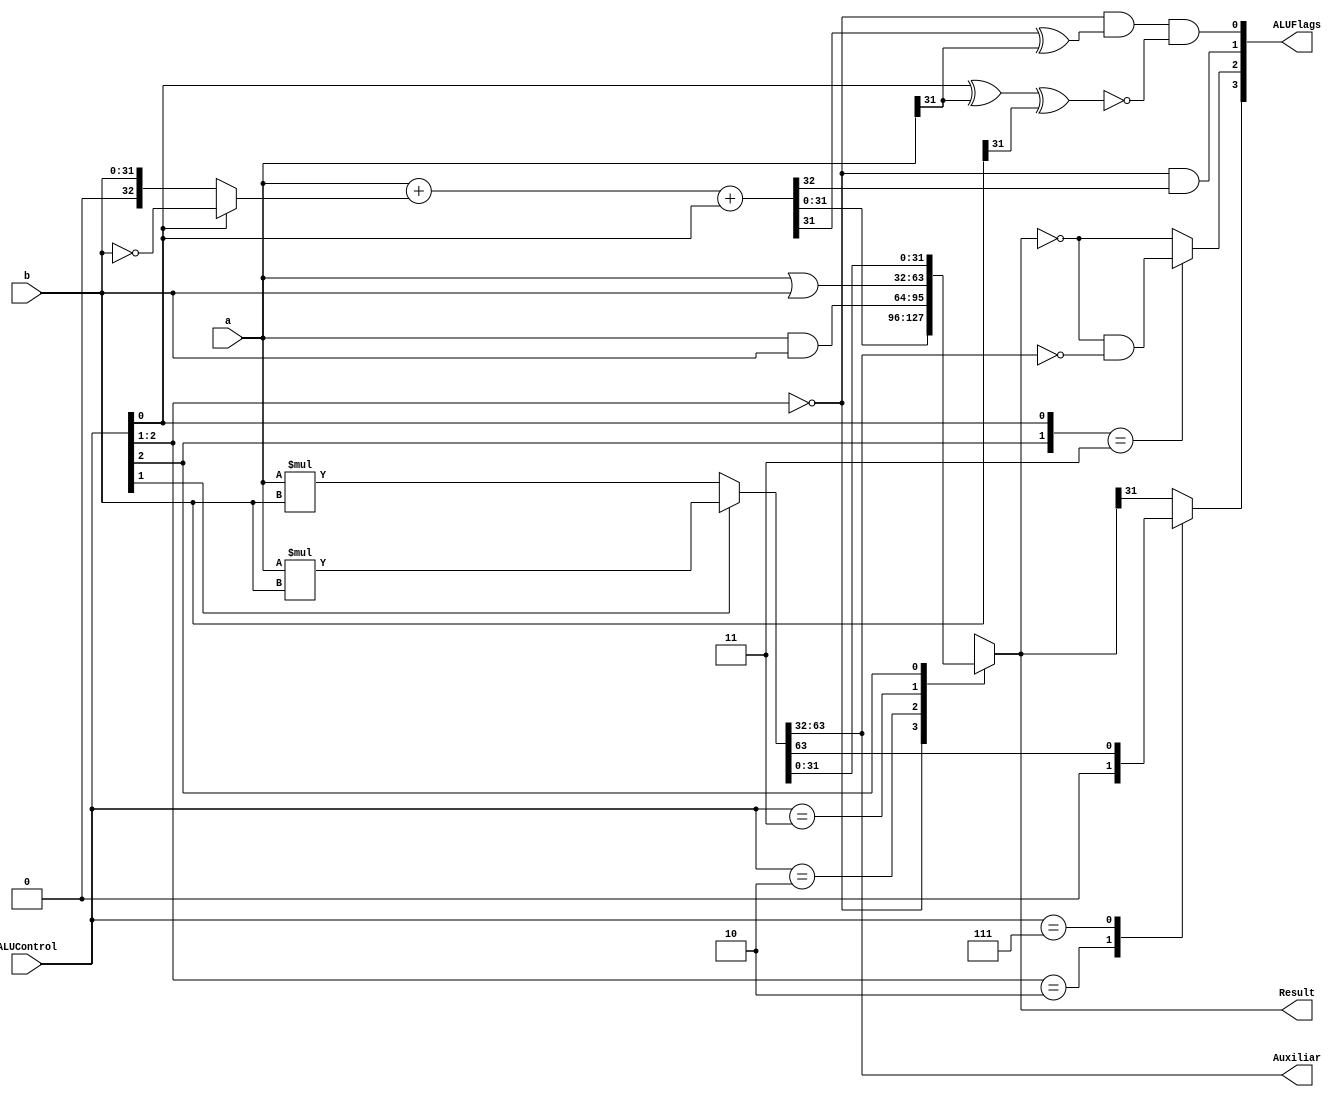
/*
Encoding | Operacion | Flags Afectadas
000:      sum         NZCV
001:      sub         NZ
010:      and         NZ
011:      or          NZ
100:      mul         NZ
101:      umull       NZ
111:      smull       NZ
*/

module ALU(a,b,Result,ALUFlags,ALUControl, Auxiliar);
  input [31:0] a;
  input [31:0] b;
  input [2:0] ALUControl;
  output reg [31:0] Result;
  output wire [3:0] ALUFlags;
  // ADDED: Auxiliar output for long multiplication
  output wire [31:0] Auxiliar;

  // ADDED: Modified type of neg & zero for use of always block
  reg neg, zero;
  wire carry, overflow;
  wire [32:0] sum;
  // ADDED: Multiplication unifying wire
  wire [63:0] mull;

  // ADDED: Singed multiplication calculation
  wire signed [31:0]sa,sb;
  wire signed [63:0]smull;
  assign sa = a;
  assign sb = b;
  assign smull = sa*sb;

  // ADDED: Unsinged multiplication calculation
  wire [63:0]umull;
  assign umull = a*b;
  
  // ADDED: Assign to mull
  assign mull = (ALUControl[1]?smull:umull);
  assign sum = a + (ALUControl[0]? ~b: b) + ALUControl[0]; // 2's complement
  
  // Result selection
  always @(*)
    casex (ALUControl[2:0]) //case, casex, casez
      3'b00?: Result=sum;
      3'b010: Result=a&b;//and
      3'b011: Result=a|b;//or
      // ADDED MUL CASES
      3'b1??: Result=mull[31:0];
    endcase
  
  // ADDED: Assign of auxiliar
  assign Auxiliar = mull[63:32];
  
  //Flags
  // NZ: Afectadas por todas las operaciones
  // ADDED: always block for cases of neg and zero
  always @(*) begin
    casex (ALUControl[2:0])
      3'b1?1: // SMULL & UMULL
        zero = (Result == 32'b0) & (Auxiliar == 32'b0);
      default: // All other operations
        zero = (Result == 32'b0);
    endcase
  end
  always @(*) begin
    casex(ALUControl[2:0])
      3'b10?: // MUL & UMULL 
        neg = 1'b0;
      3'b111: // SMULL
        neg = Auxiliar[31];
      default: // All other operations
        neg = Result[31];  
    endcase  
  end
  // CV: Solo afectadas por ADD y SUB
  assign carry = (ALUControl[2:1] == 2'b00) & sum[32];
  assign overflow = (ALUControl[2:1] == 2'b00) & (sum[31] ^ a[31]) & ~(ALUControl[0] ^ a[31] ^ b[31]);
  
  // ALUFlags collection
  assign ALUFlags = {neg, zero, carry, overflow};
endmodule